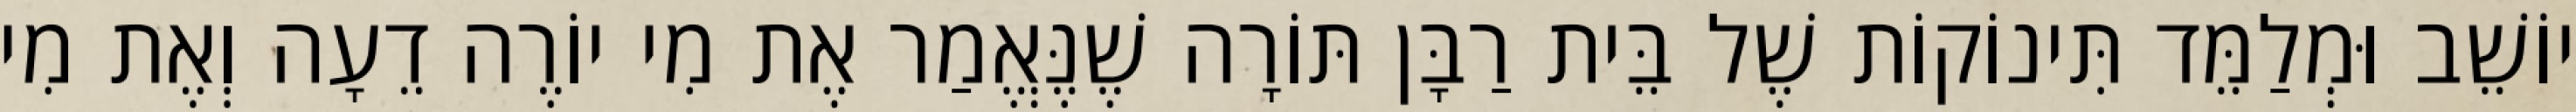
יוֹשֵׁב וּמְלַמֵּד תִּינוֹקוֹת שֶׁל בֵּית רַבָּן תּוֹרָה שֶׁנֶּאֱמַר אֶת מִי יוֹרֶה דֵעָה וְאֶת מִי